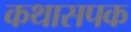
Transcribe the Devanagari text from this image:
कथासपक